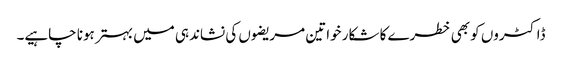
ڈاکٹروں کو بھی خطرے کا شکار خواتین مریضوں کی نشاندہی میں بہتر ہونا چاہیے۔